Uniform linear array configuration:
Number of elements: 8
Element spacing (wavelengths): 0.5
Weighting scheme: uniform
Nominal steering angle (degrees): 45
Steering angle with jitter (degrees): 44.293
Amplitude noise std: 0.05
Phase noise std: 0.05

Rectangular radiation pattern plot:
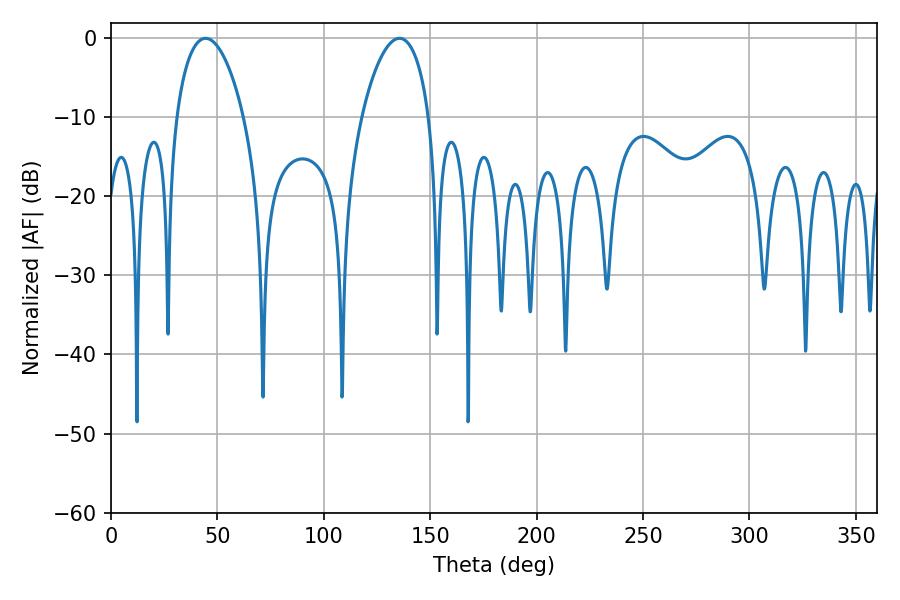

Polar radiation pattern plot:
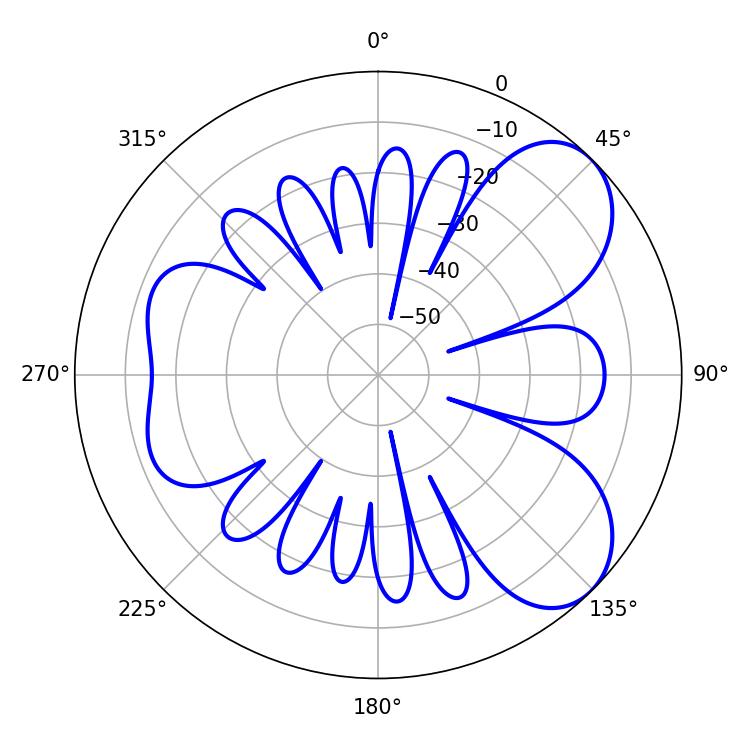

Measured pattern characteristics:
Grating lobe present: FALSE
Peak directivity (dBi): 6.713
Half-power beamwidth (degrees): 18
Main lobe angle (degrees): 44.46